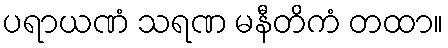
ပရာယဏံ သရဏ မနီတိကံ တထာ။